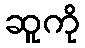
ဆူကို